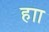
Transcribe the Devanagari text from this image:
हाा